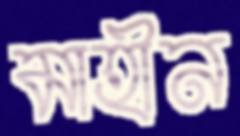
মাহীন